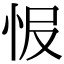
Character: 𢘎